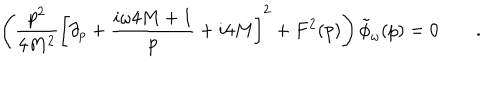
LaTeX: \left( { \frac { p ^ { 2 } } { 4 M ^ { 2 } } } \left[ \partial _ { p } + { \frac { i \omega 4 M + 1 } { p } } + i 4 M \right] ^ { 2 } + F ^ { 2 } ( p ) \right) \tilde { \phi } _ { \omega } ( p ) = 0 \qquad .